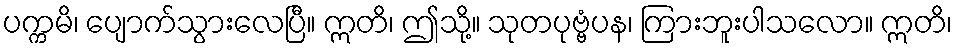
ပက္ကမိ၊ ပျောက်သွားလေပြီ။ ဣတိ၊ ဤသို့။ သုတပုဗ္ဗံပန၊ ကြားဘူးပါသလော။ ဣတိ၊